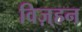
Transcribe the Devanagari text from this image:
विज़्हन